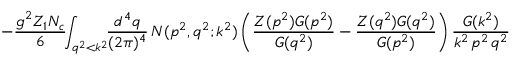
- \frac { g ^ { 2 } Z _ { 1 } N _ { c } } { 6 } \! \! \int _ { q ^ { 2 } < k ^ { 2 } } \! \! \frac { d ^ { 4 } q } { ( 2 \pi ) ^ { 4 } } \, N ( p ^ { 2 } , q ^ { 2 } ; k ^ { 2 } ) \left( \frac { Z ( p ^ { 2 } ) G ( p ^ { 2 } ) } { G ( q ^ { 2 } ) } - \frac { Z ( q ^ { 2 } ) G ( q ^ { 2 } ) } { G ( p ^ { 2 } ) } \right) \frac { G ( k ^ { 2 } ) } { k ^ { 2 } \, p ^ { 2 } \, q ^ { 2 } }